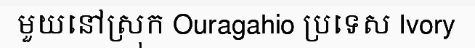
មួយនៅស្រុក Ouragahio ប្រទេស Ivory